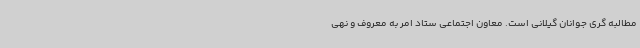
مطالبه گری جوانان گیلانی است. معاون اجتماعی ستاد امر به معروف و نهی